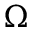
\Omega